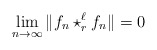
\begin{align*}\lim_{n\to\infty} \|f_n \star_r^\ell f_n\| = 0\end{align*}